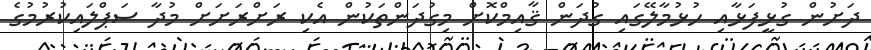
ދަށުން ގުޅީފަޅާއި ހުޅުމާލޭގައި ގުދަން ޤާއިމްކޮށް މިގުދަންތަކުން އެކި ރަށްރަށަށް މުދާ ސަޕްލައިކުރުމުގެ